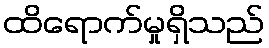
ထိရောက်မှုရှိသည်